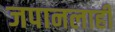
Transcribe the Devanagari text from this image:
जपानलाही